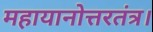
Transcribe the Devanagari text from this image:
महायानोत्तरतंत्र।